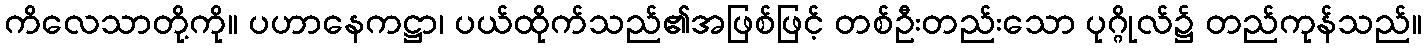
ကိလေသာတို့ကို။ ပဟာနေကဋ္ဌာ၊ ပယ်ထိုက်သည်၏အဖြစ်ဖြင့် တစ်ဦးတည်းသော ပုဂ္ဂိုလ်၌ တည်ကုန်သည်။